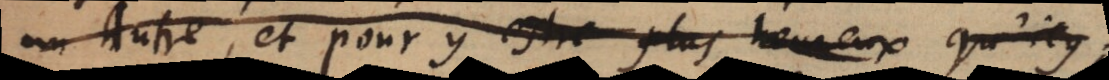
un Autre, et pour y estre plus heureux qu’icy